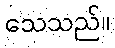
သေသည်။